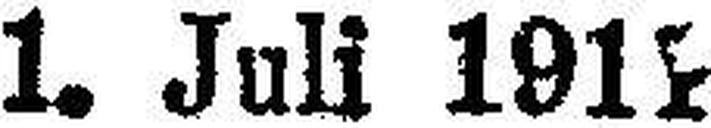
1. Juli 191###